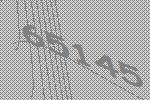
65145